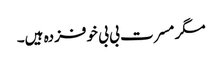
مگر مسرت بی بی خوفزدہ ہیں۔